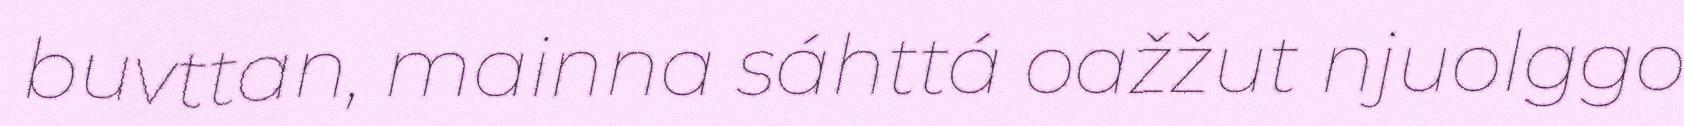
buvttan, mainna sáhttá oažžut njuolggo